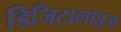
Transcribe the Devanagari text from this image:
डिजिटालाइज